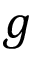
g